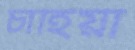
চাহিয়া